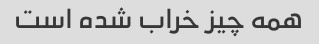
همه چیز خراب شده است